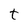
Character: t